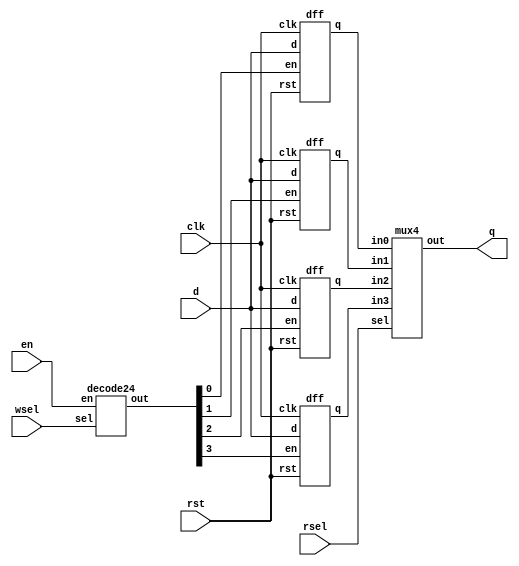
`timescale 1ns / 1ps


module dff4 (
    output wire [15:0] q,
    input wire clk,
    input wire rst,
    input wire en,  // 
    input wire [15:0] d,
    input wire [1:0] wsel,
    input wire [1:0] rsel
);
  wire [3:0] wsel_de;  // 
  wire [15:0] r0, r1, r2, r3;

  // 41,
  decode24 de (
      .out(wsel_de),
      .sel(wsel),
      .en (en)
  );

  dff d0 (
      .q  (r0),
      .clk(clk),
      .rst(rst),
      .en (wsel_de[0]),
      .d  (d)
  );
  dff d1 (
      .q  (r1),
      .clk(clk),
      .rst(rst),
      .en (wsel_de[1]),
      .d  (d)
  );
  dff d2 (
      .q  (r2),
      .clk(clk),
      .rst(rst),
      .en (wsel_de[2]),
      .d  (d)
  );
  dff d3 (
      .q  (r3),
      .clk(clk),
      .rst(rst),
      .en (wsel_de[3]),
      .d  (d)
  );
  mux4 m (
      .out(q),
      .sel(rsel),
      .in0(r0),
      .in1(r1),
      .in2(r2),
      .in3(r3)
  );
endmodule


module dff (
    output reg [15:0] q,
    input clk,
    input rst,
    input en,  // 
    input wire [15:0] d
);

  wire rst_n = ~rst;
  always @(negedge rst_n or posedge clk) begin
    if (~rst_n) begin
      q <= 0;
    end else begin
      if (en) begin
        q <= d;
      end else begin
        q <= q;
      end
    end
  end

endmodule


// 
module mux4 (
    output reg  [15:0] out,
    input  wire [ 1:0] sel,
    input  wire [15:0] in0,
    input  wire [15:0] in1,
    input  wire [15:0] in2,
    input  wire [15:0] in3
);
  always @(*) begin
    case (sel)
      2'b00:   out = in0;
      2'b01:   out = in1;
      2'b10:   out = in2;
      2'b11:   out = in3;
      default: out = 0;
    endcase
  end
endmodule

module decode24 (
    output reg [3:0] out,
    input wire [1:0] sel,
    input wire en
);
  always @(*) begin
    if (en) begin
      case (sel)
        2'b00: out = 4'b0001;
        2'b01: out = 4'b0010;
        2'b10: out = 4'b0100;
        2'b11: out = 4'b1000;
      endcase
    end else begin
      out = 4'b0000;
    end
  end
endmodule